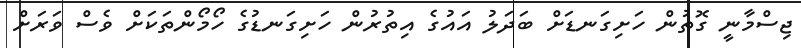
ޖިސްމާނީ ގޮތުން ހަށިގަނޑަށް ބަދަލު އައުުގެ އިތުރުން ހަށިގަނޑުގެ ހޯމޯންތަކަށް ވެސް ވަރަށް